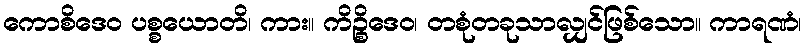
ကောစိဒေဝ ပစ္စယောတိ၊ ကား။ ကိဉ္စိဒေဝ၊ တစုံတခုသာလျှင်ဖြစ်သော။ ကာရဏံ၊